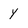
Character: y